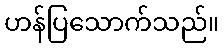
ဟန်ပြသောက်သည်။